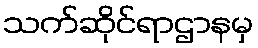
သက်ဆိုင်ရာဌာနမှ